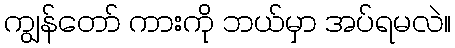
ကျွန်တော် ကားကို ဘယ်မှာ အပ်ရမလဲ။